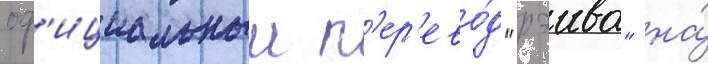
оф'ициальныи п'ер'ево́д "рэива" на́